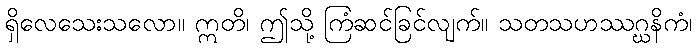
ရှိလေသေးသလော။ ဣတိ၊ ဤသို့ ကြံဆင်ခြင်လျက်။ သတသဟဿဂ္ဃနိကံ၊